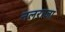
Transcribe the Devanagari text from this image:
नलराजा